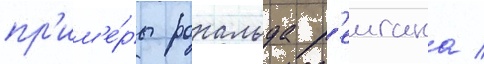
пр'им'е́ры рональда р'еигана /